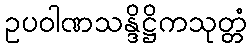
ဥပဝါဏသန္ဒိဋ္ဌိကသုတ္တံ